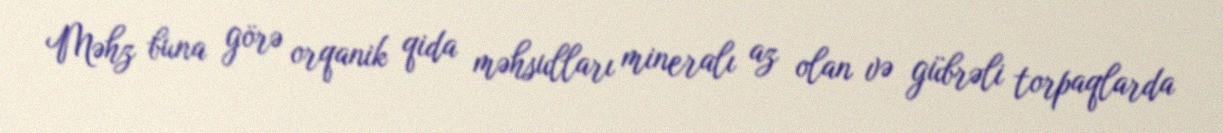
Məhz buna görə orqanik qida məhsulları mineralı az olan və gübrəli torpaqlarda